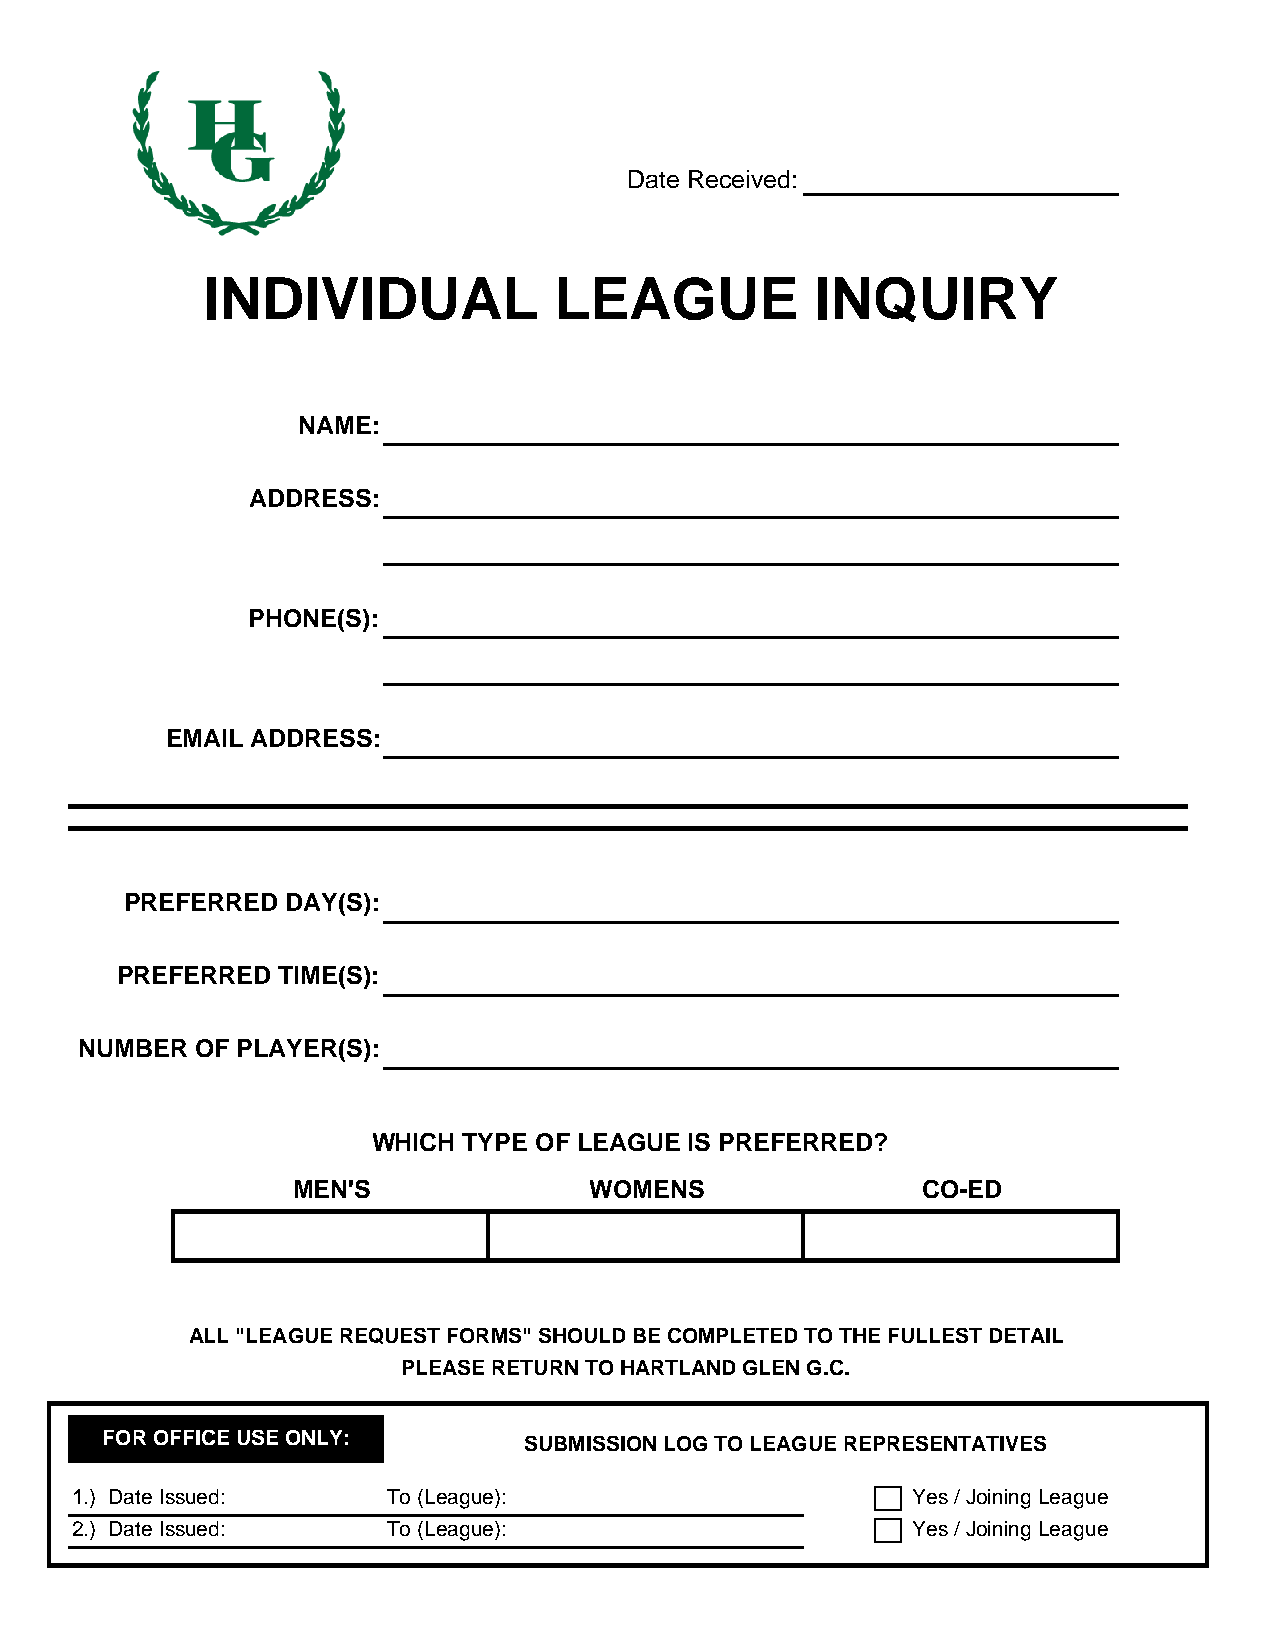
Date Received:
 INDIVIDUAL              LEAGUE           INQUIRY
 NAME:
 ADDRESS:
 PHONE(S):
 EMAIL ADDRESS:
 PREFERRED  DAY(S):
 PREFERRED TIME(S):
 NUMBER  OF PLAYER(S):
 WHICH TYPE OF LEAGUE IS PREFERRED?
 MEN'S               WOMENS                CO-ED
 ALL "LEAGUE REQUEST FORMS" SHOULD BE COMPLETED TO THE FULLEST DETAIL
 PLEASE RETURN TO HARTLAND GLEN G.C.
 FOR OFFICE USE ONLY:        SUBMISSION LOG TO LEAGUE REPRESENTATIVES
 1.) Date Issued:     To (League):                      Yes / Joining League
 2.) Date Issued:     To (League):                      Yes / Joining League